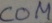
Text: COM